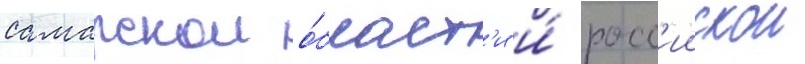
самарскои о́бласт'и и́ росс'иискои